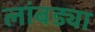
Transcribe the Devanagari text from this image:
लांबड्या